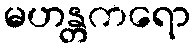
မဟန္တကရော